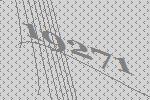
19271